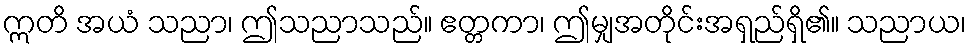
ဣတိ အယံ သညာ၊ ဤသညာသည်။ ဧတ္တကာ၊ ဤမျှအတိုင်းအရှည်ရှိ၏။ သညာယ၊